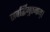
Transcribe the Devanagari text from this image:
सवर्द्धिमुत्तमाम्‌।